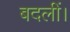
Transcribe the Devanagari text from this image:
बदलीं।